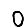
Digit: 0